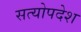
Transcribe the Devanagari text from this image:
सत्योपदेश